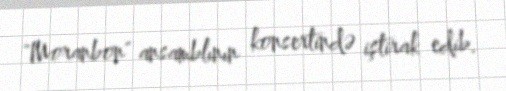
"Moranbon" ansamblının konsertində iştirak edib.